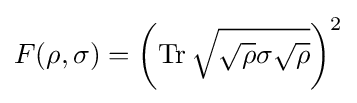
F(\rho ,\sigma )=\left(\operatorname {Tr} {\sqrt {{\sqrt {\rho }}\sigma {\sqrt {\rho }}}}\right)^{2}